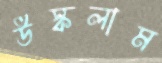
উস্‌কলাম